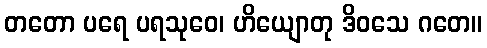
တတော ပရေ ပရသုဝေ၊ ဟိယျောတု ဒိဝသေ ဂတေ။